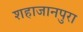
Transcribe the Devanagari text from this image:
शहाजानपुरा